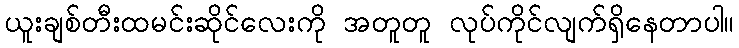
ယူးချစ်တီးထမင်းဆိုင်လေးကို အတူတူ လုပ်ကိုင်လျက်ရှိနေတာပါ။